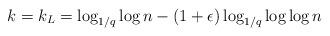
LaTeX: \begin{align*}k = k_L = \log_{1/q}\log n - (1+\epsilon)\log_{1/q}\log\log n\end{align*}